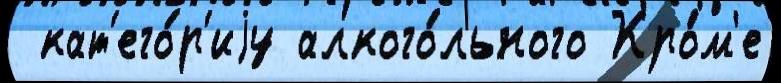
 кат'его́р'иjу алкого́льного Кро́м'е